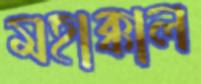
মহাক্কাল